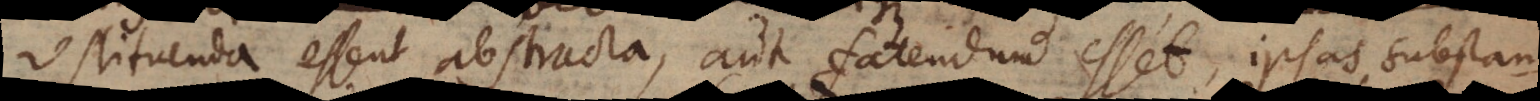
restituenda essent abstracta, aut fatendum esset, ipsas substant